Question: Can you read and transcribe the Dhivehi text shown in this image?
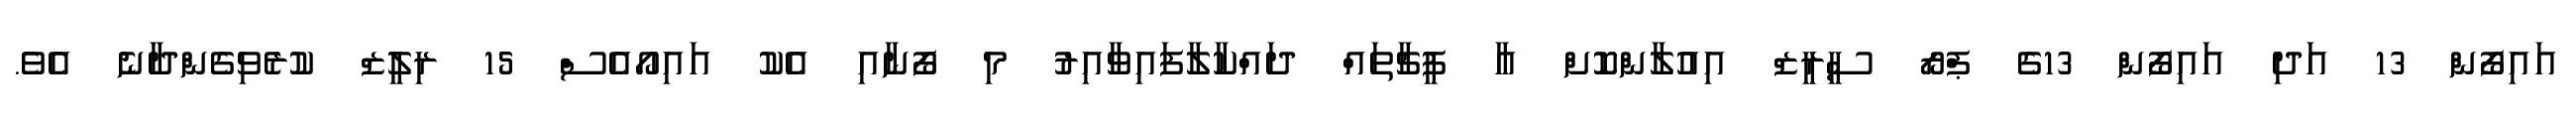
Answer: އައިފޯން 13 އަދި އައިފޯން 13ގެ ޕްރޯ ސީރީޒް އިއުލާންކޮށް އާ ފީޗާތައް ދައްކާލާފައިވާއިރު މި ފޯނާއި އެކު އައިއޯއެސް 15 ރިލީޒް ކުރެވިގެންދާނެ އެވެ.